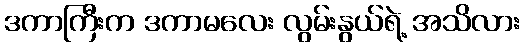
ဒကာကြီးက ဒကာမလေး လွမ်းနွယ်ရဲ့ အသိလား